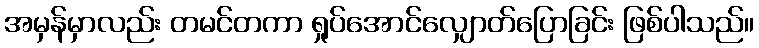
အမှန်မှာလည်း တမင်တကာ ရှုပ်အောင်လျှောတ်ပြောခြင်း ဖြစ်ပါသည်။